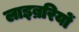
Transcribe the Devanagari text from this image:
लाइब्ररियों